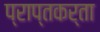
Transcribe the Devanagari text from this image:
प्राप्‍तकर्ता